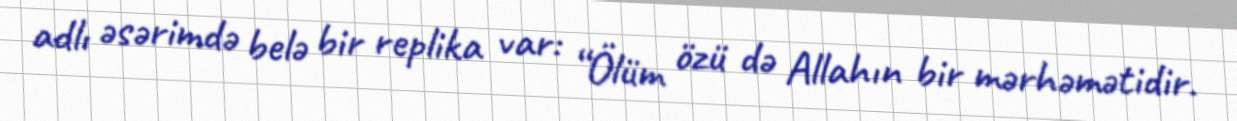
adlı əsərimdə belə bir replika var: “Ölüm özü də Allahın bir mərhəmətidir.